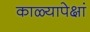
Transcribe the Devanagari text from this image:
काळ्यापेक्षां